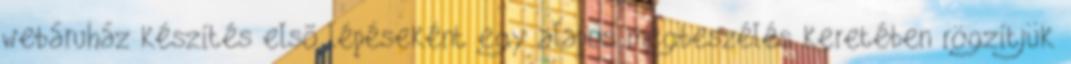
webáruház készítés elsõ lépéseként egy alapos megbeszélés keretében rögzítjük